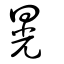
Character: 晃